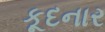
કૂદનાર